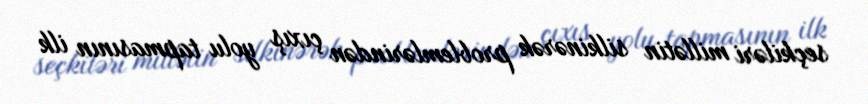
seçkiləri millətin silkinərək problemlərindən çıxış yolu tapmasının ilk